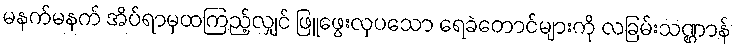
မနက်မနက် အိပ်ရာမှထကြည့်လျှင် ဖြူဖွေးလှပသော ရေခဲတောင်များကို လခြမ်းသဏ္ဌာန်